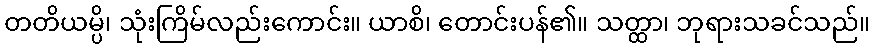
တတိယမ္ပိ၊ သုံးကြိမ်လည်းကောင်း။ ယာစိ၊ တောင်းပန်၏။ သတ္ထာ၊ ဘုရားသခင်သည်။